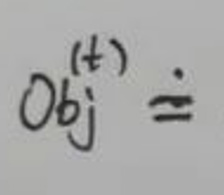
$Obj^{(t)}\doteq$